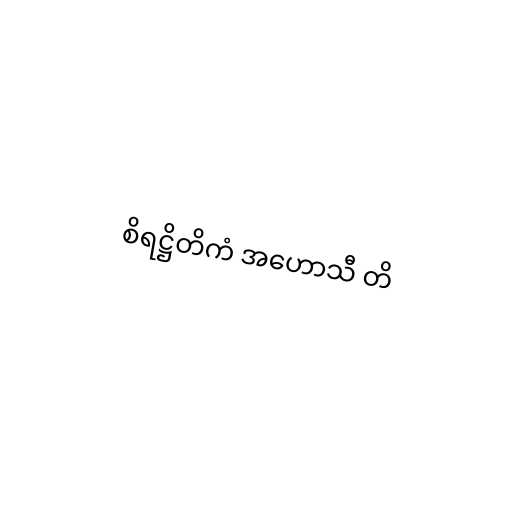
စိရဋ္ဌိတိကံ အဟောသီ တိ